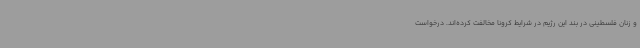
و زنان فلسطینی در بند این رژیم در شرایط کرونا مخالفت کرده‌اند. درخواست